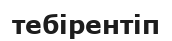
тебірентіп